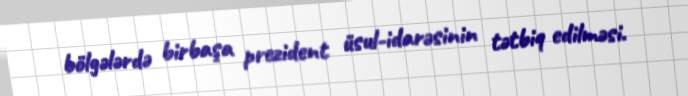
bölgələrdə birbaşa prezident üsul-idarəsinin tətbiq edilməsi.